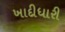
ખાદીધારી